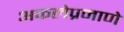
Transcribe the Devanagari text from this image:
अकलेप्रमाणे